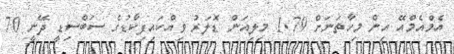
އެމްއެމްއޭ އިން މިހާތަނަށް 1.79 މިލިއަން ޑޮލަރު ވިއްކައިފިކާޑުގެ ސަބްސިޑީ ދޭނީ 70